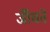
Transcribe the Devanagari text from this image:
जॉँचते